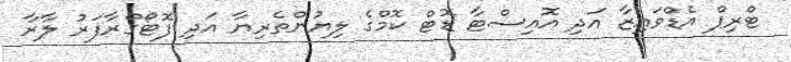
ޓްރިޕް އެޑްވައިޒާ އަދި އޮއިސްޓާ ޑޮޓް ކޮމްގެ ލިޔުންތެރިޔާ އަދި ފޮޓޯގްރާފަރު ލާރާ